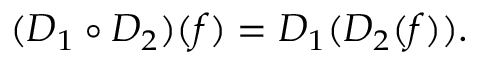
( D _ { 1 } \circ D _ { 2 } ) ( f ) = D _ { 1 } ( D _ { 2 } ( f ) ) .